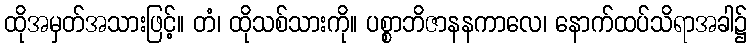
ထိုအမှတ်အသားဖြင့်။ တံ၊ ထိုသစ်သားကို။ ပစ္စာဘိဇာနနကာလေ၊ နောက်ထပ်သိရာအခါ၌